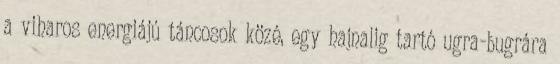
a viharos energiájú táncosok közé, egy hajnalig tartó ugra-bugrára